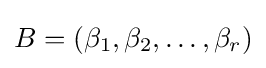
B=(\beta _{1},\beta _{2},\ldots ,\beta _{r})